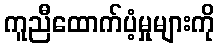
ကူညီထောက်ပံ့မှုများကို